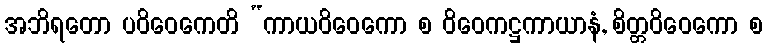
အဘိရတော ပဝိဝေကေတိ “ကာယဝိဝေကော စ ဝိဝေကဋ္ဌကာယာနံ, စိတ္တဝိဝေကော စ